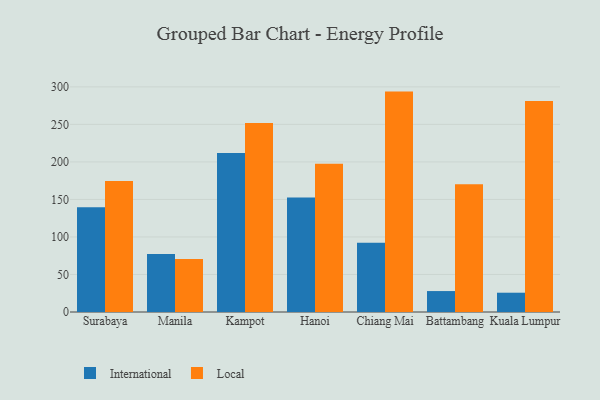
{"axis": {"x": "City", "y": "Energy Usage (MWh)"}, "legend": ["International", "Local"], "data": [{"x": "Surabaya", "y": 139.7, "type": "International"}, {"x": "Surabaya", "y": 174.5, "type": "Local"}, {"x": "Manila", "y": 77.2, "type": "International"}, {"x": "Manila", "y": 70.6, "type": "Local"}, {"x": "Kampot", "y": 211.9, "type": "International"}, {"x": "Kampot", "y": 252.0, "type": "Local"}, {"x": "Hanoi", "y": 152.5, "type": "International"}, {"x": "Hanoi", "y": 197.5, "type": "Local"}, {"x": "Chiang Mai", "y": 92.2, "type": "International"}, {"x": "Chiang Mai", "y": 293.7, "type": "Local"}, {"x": "Battambang", "y": 27.9, "type": "International"}, {"x": "Battambang", "y": 170.4, "type": "Local"}, {"x": "Kuala Lumpur", "y": 25.7, "type": "International"}, {"x": "Kuala Lumpur", "y": 281.3, "type": "Local"}]}